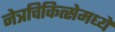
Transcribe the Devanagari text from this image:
नेत्रचिकित्सेमध्ये